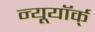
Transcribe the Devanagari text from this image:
न्यूयॉर्क्